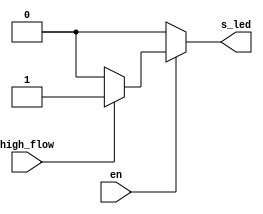
`timescale 1ns / 1ps
/*
El LED debe estar encendido s y solo s en y high_flow estn activas.
*/
module flow_led_mgmt(
    input en, 
    input high_flow,
    output s_led
    );

    assign s_led = en ? (high_flow ? 1'b1 : 1'b0) : 1'b0;
 
endmodule